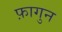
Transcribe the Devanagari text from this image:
फ़ागुन